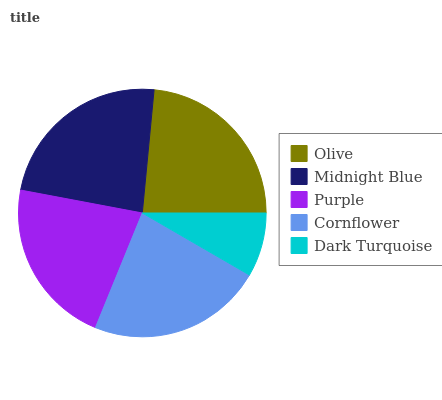
| Olive | Midnight Blue | Purple | Cornflower | Dark Turquoise |
 | --- | --- | --- | --- | --- |
 | 23.5% | 23.5% | 21.8% | 22.8% | 8.35% |